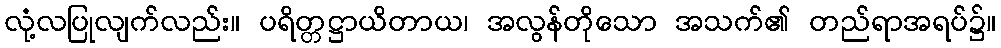
လုံ့လပြုလျက်လည်း။ ပရိတ္တဋ္ဌာယိတာယ၊ အလွန်တိုသော အသက်၏ တည်ရာအရပ်၌။